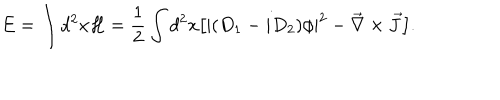
LaTeX: E = \int d ^ { 2 } x { \cal H } = { \frac { 1 } { 2 } } \int d ^ { 2 } x \big [ | ( D _ { 1 } - i D _ { 2 } ) \phi | ^ { 2 } - { \vec { \nabla } \times \vec { J } } \big ] .